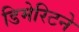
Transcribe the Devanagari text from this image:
डिमेरिटने